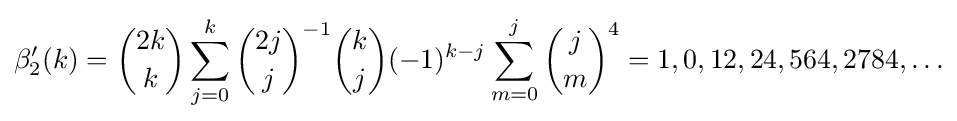
\beta _{2}'(k)={\binom {2k}{k}}\sum _{j=0}^{k}{\binom {2j}{j}}^{-1}{\binom {k}{j}}(-1)^{k-j}\sum _{m=0}^{j}{\binom {j}{m}}^{4}=1,0,12,24,564,2784,\ldots